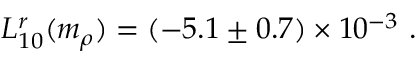
L _ { 1 0 } ^ { r } ( m _ { \rho } ) = \left( - 5 . 1 \pm 0 . 7 \right) \times 1 0 ^ { - 3 } \ .